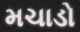
મચાડો